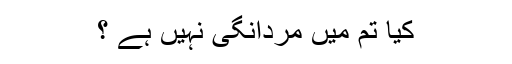
کیا تم میں مردانگی نہیں ہے ؟